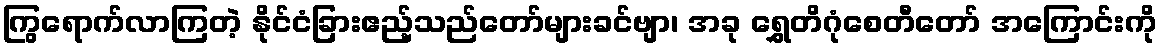
ကြွရောက်လာကြတဲ့ နိုင်ငံခြားဧည့်သည်တော်များခင်ဗျာ၊ အခု ရွှေတိဂုံစေတီတော် အကြောင်းကို